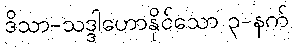
ဒိသာ-သဒ္ဒါဟောနိုင်သော ၃-နက်